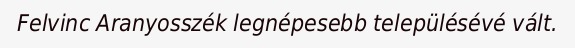
Felvinc Aranyosszék legnépesebb településévé vált.